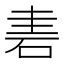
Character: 𥒐